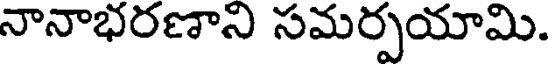
నానాభరణాని సమర్పయామి.